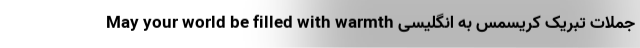
جملات تبریک کریسمس به انگلیسی May your world be filled with warmth